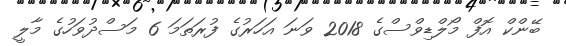
ބޭންކް އޮފް މޯލްޑިވްސްގެ 2018 ވަނަ އަހަރުގެ ފުރަތަމަ 6 މަސްދުވަހުގެ މާލީ